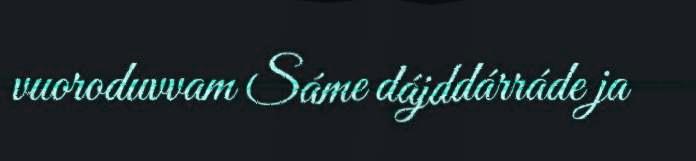
vuoroduvvam Sáme dájddárráde ja